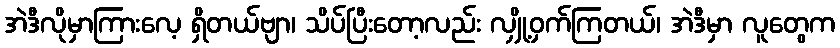
အဲဒီလိုမှာကြားလေ့ ရှိတယ်ဗျာ၊ သိပ်ပြီးတော့လည်း လျှို့ဝှက်ကြတယ်၊ အဲဒီမှာ လူတွေက